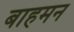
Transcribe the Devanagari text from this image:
बाहमन